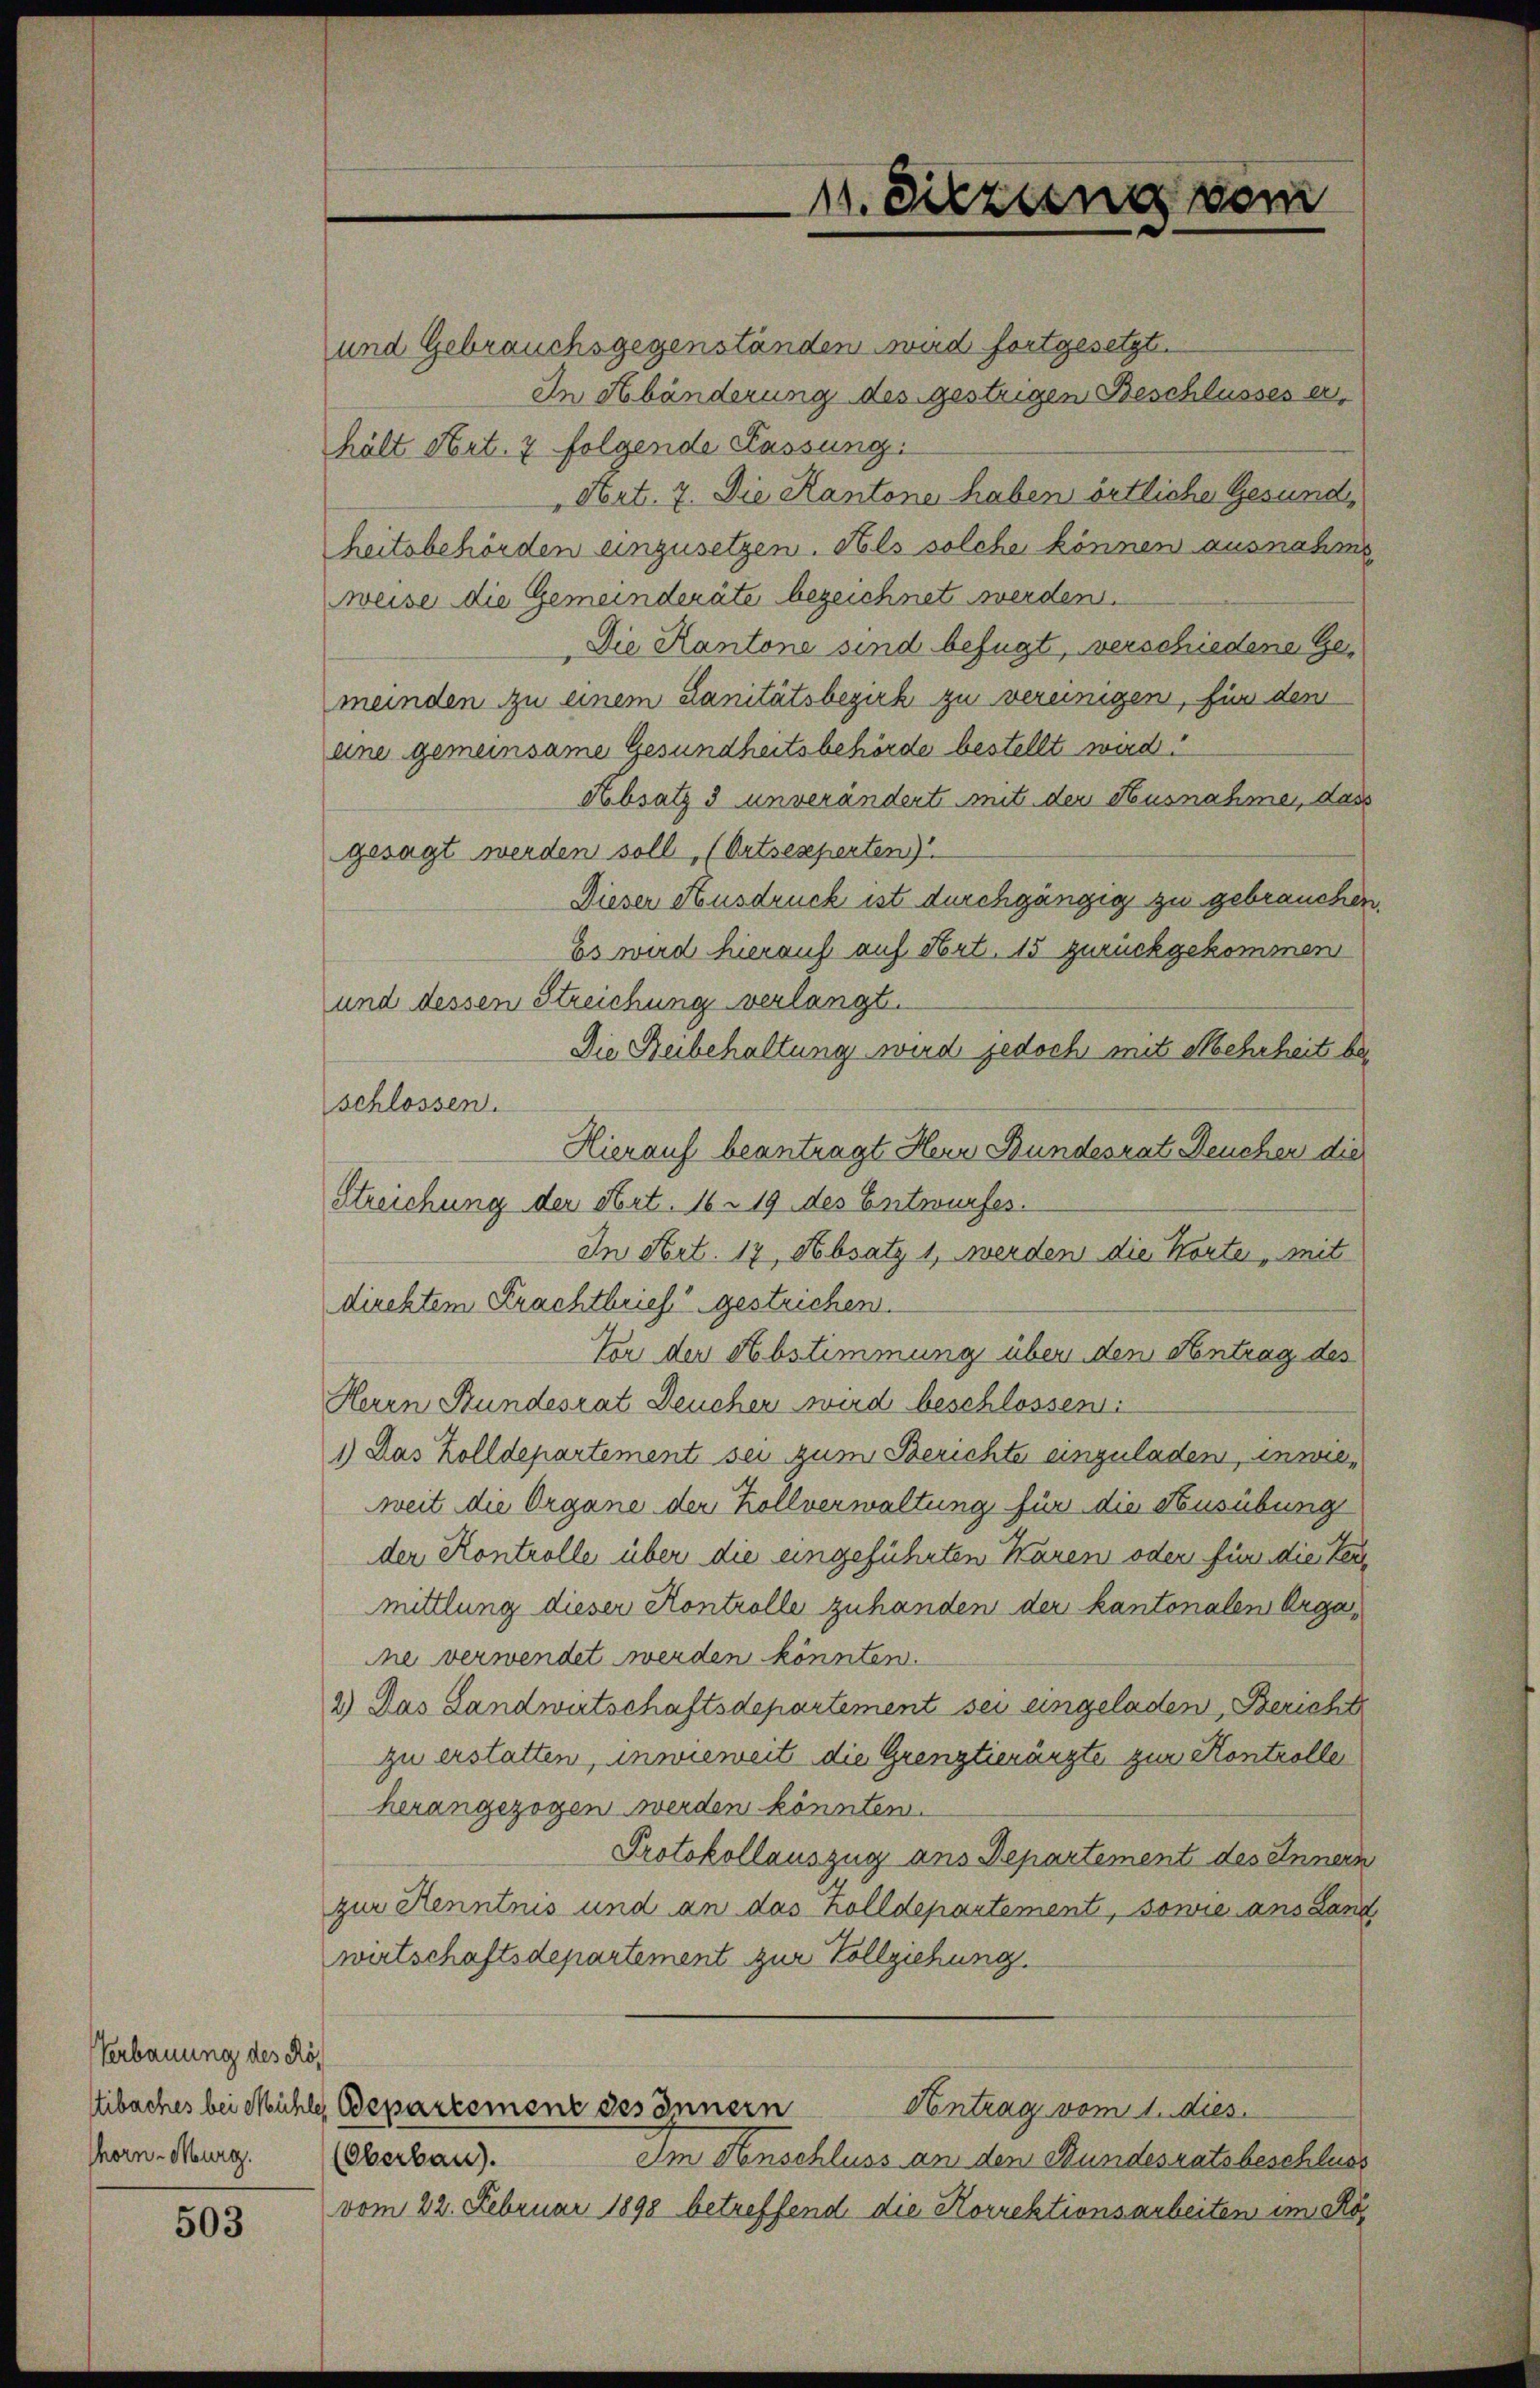
Verbauung des Rös
Thorn-Murg.

503

und Gebrauchsgegenständen wird fortgesetzt.
In Abänderung des gestrigen Beschlusses erhält Art. 7 folgende Fassung.
Art. 7. Die Kantone haben örtliche Gesund,
heitsbehörden einzusetzen. Als solche können ausnahme
weise die Gemeinderäte bezeichnet werden.
Die Kantone sind befügt, verschiedene Gemeinden zu einem Lanitätsbezirk zu vereinigen, für den
eine gemeinsame Gesundheitsbehörde bestellt wird.
Absatz 3 unverändert mit der Ausnahme, dass
gesagt werden soll, (Ortsexperten
Dieser Ausdruck ist durchgängig zu gebrauchen
Es wird hierauf auf Art. 15 zurückgekommen
und dessen Streichung verlangt.
Die Beibehaltung wird jedoch mit Mehrheit beschlossen.
Hierauf beantragt Herr Bundesrat Deucher die
Streichung der Art. 16. 19 des Entwurfes.
In Art. 17 Absatz 1, werden die Korte „mit
diecktem Krachtbrief gestrichen.
Vor der Abstimmung über den Antrag des
Herrn Bundesrat Deucher wird beschlossen:
1) Das Zolldepartement sei zum Berichte einzuladen, inwieweit die Organe der Kollverwaltung für die Ausübung
der Kontrolle über die eingeführten Waren oder für die Tei
mittlung dieser Kontrolle zuhanden der kantonalen Organe verwendet werden könnten.
2.) Das Landwirtschaftsdepartement sei eingeladen, Bericht
zu erstatten, inwieweit die Grenztierärzte zur Kontrolle
herangezogen werden könnten.
Protokollauszug aus Departement des Innern
zur Kenntnis und an das Zolldepartement, sowie ans Land
wirtschaftsdepartement zur Vollziehung.
Eibaches bei Mühle Departement des Innern
Antrag vom 1. dies
(Oberbau).
Im Anschluss an den Bundesratsbeschluss
vom 22. Februar 1898 betreffend die Korrektionsarbeiten im Kö¬

1. Sitzung vom